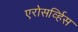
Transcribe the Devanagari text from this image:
एरोसर्व्हिस